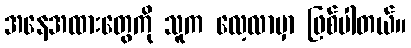
အနေအထားတွေကို သူက လေ့လာမှာ ဖြစ်ပါတယ်။